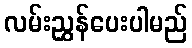
လမ်းညွှန်ပေးပါမည်